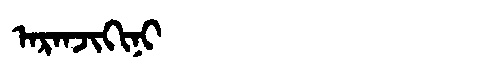
Manchu: ᠠᡵᠠᠨᠵᡳᡴᡳᠨᡳ
Romanization: ARANJIKINI